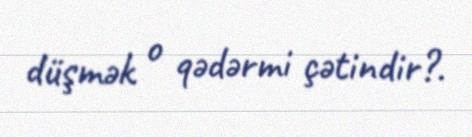
düşmək o qədərmi çətindir?.